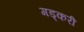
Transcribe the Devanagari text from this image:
गड्करी